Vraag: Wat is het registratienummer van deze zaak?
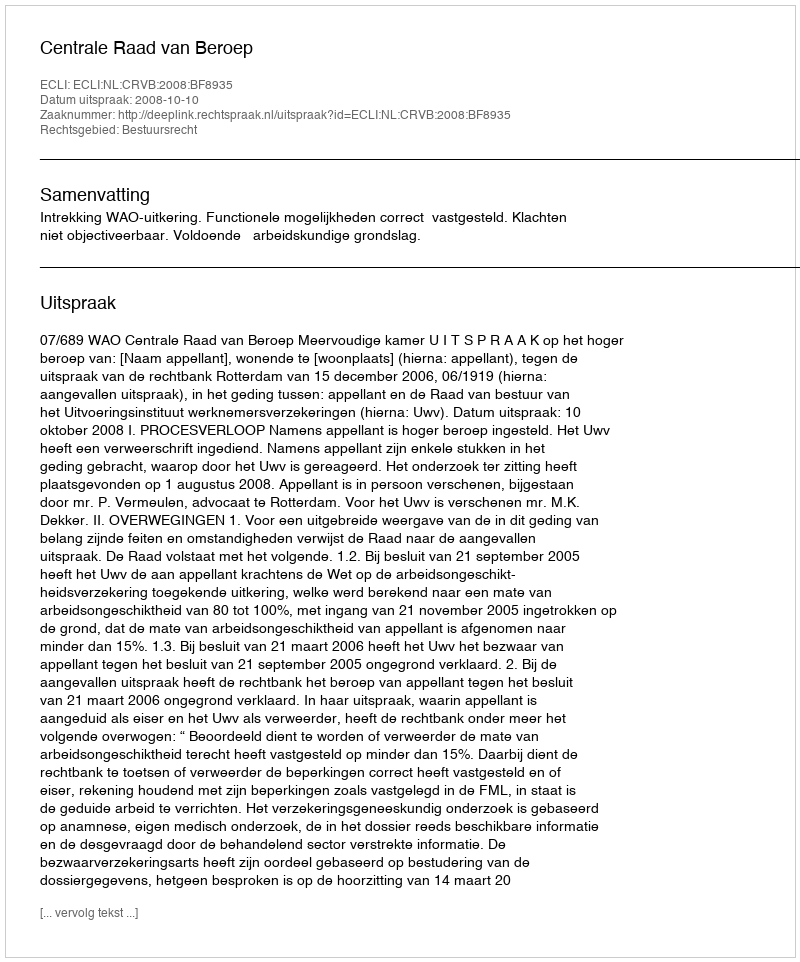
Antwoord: http://deeplink.rechtspraak.nl/uitspraak?id=ECLI:NL:CRVB:2008:BF8935